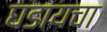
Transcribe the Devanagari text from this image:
घडायचा